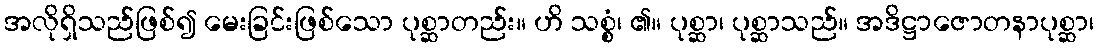
အလိုရှိသည်ဖြစ်၍ မေးခြင်းဖြစ်သော ပုစ္ဆာတည်း။ ဟိ သစ္စံ၊ ၏။ ပုစ္ဆာ၊ ပုစ္ဆာသည်။ အဒိဋ္ဌာဇောတနာပုစ္ဆာ၊